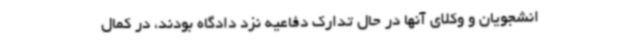
انشجویان و وکلای آنها در حال تدارک دفاعیه نزد دادگاه بودند، در کمال